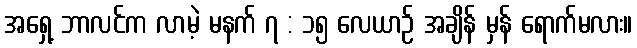
အရှေ့ ဘာလင်က လာမဲ့ မနက် ၇ : ၁၅ လေယာဉ် အချိန် မှန် ရောက်မလား။